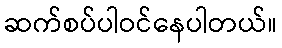
ဆက်စပ်ပါဝင်နေပါတယ်။